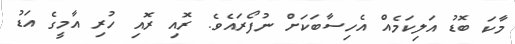
މާކަ ބޮޑު އަލިކަމެއް އެހިސާބަކަށް ނުފޯރައެވެ. ރޮއި ރޮއި ހުރި އާމީގެ އަޑު